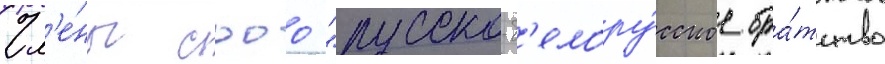
Чл'е́ны сооо "русско-б'елору́сское бра́тство